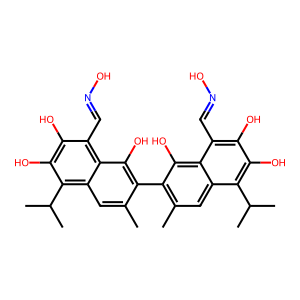
SMILES: Cc1cc2c(C(C)C)c(O)c(O)c(C=NO)c2c(O)c1-c1c(C)cc2c(C(C)C)c(O)c(O)c(C=NO)c2c1O
Inhibits HIV replication: No